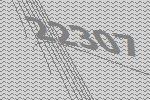
22307